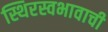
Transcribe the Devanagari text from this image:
स्थिरस्वभावाची